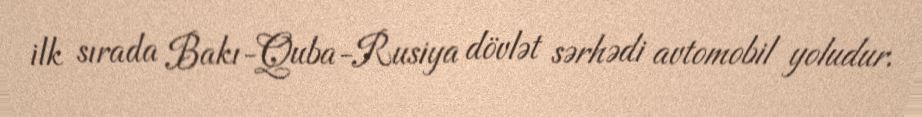
ilk sırada Bakı-Quba-Rusiya dövlət sərhədi avtomobil yoludur.